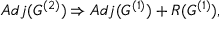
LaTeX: A d j ( G ^ { ( 2 ) } ) \Rightarrow A d j ( G ^ { ( 1 ) } ) + R ( G ^ { ( 1 ) } ) ,